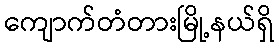
ကျောက်တံတားမြို့နယ်ရှိ